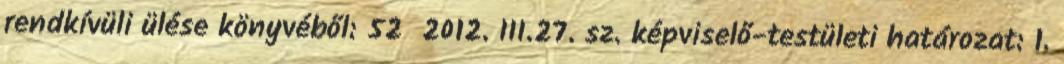
rendkívüli ülése könyvéből: 52 2012. III.27. sz. képviselő-testületi határozat: 1.